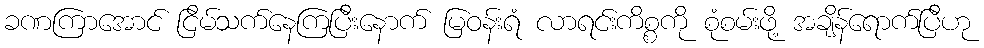
ခဏကြာအောင် ငြိမ်သက်နေကြပြီးနောက် မြဝန်းရံ လာရင်းကိစ္စကို စုံစမ်းဖို့ အချိန်ရောက်ပြီဟု